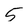
Character: 5